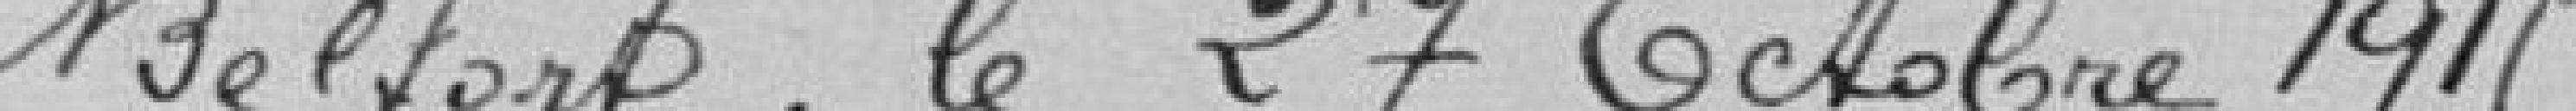
Belfort le 27 octobre 1915